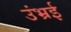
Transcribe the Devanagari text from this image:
उंभ्रई